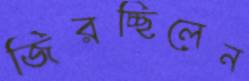
জিরচ্ছিলেন